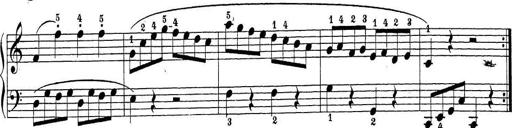
Title: Sonatina Album
Composer: Louis KÃ¶hler